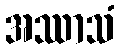
အဿာသံ